Vaccine operations Central Provinces 1900-1911 - 1900-1911
Year: 1900
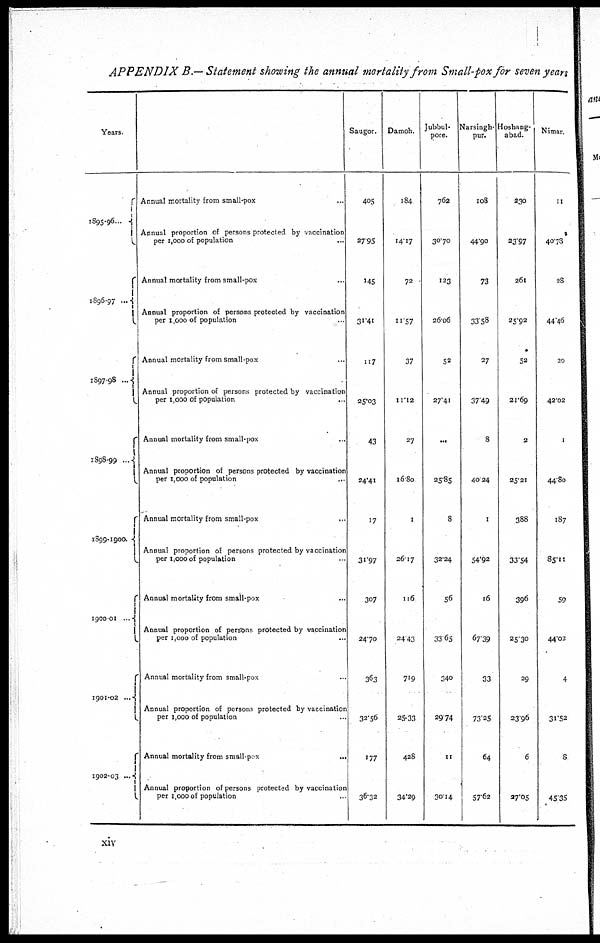
APPENDIX B.— Statement showing the annual mortality from Small-pox for seven years
Years.
1895-96
...
1896-97...
1897-98
...
1898-99
...
1899-1900. ...
1900-01
...
1901-02
...
1902-03
...
Annual mortality from small-pox ...
Annual proportion of persons protected by vaccination
per 1,000 of population ...
Annual mortality from small-pox ...
Annual proportion of persons protected by vaccination
per 1,000 of population ...
Annual mortality from small pox ...
Annual proportion of persons protected by vaccination
per 1,000 of population ...
Annual mortality from small-pox ...
Annual proportion of persons protected by vaccination
per1,000 of population
...
Annual mortality from small-pox ...
Annual proportion of persons protected by vaccination
per 1,000 of population ...
Annual mortality from small-pox ...
Annual proportion of persons protected by vaccination
per 1,000 of population ...
Annual mortality from small-pox ...
Annual proportion of persons protected by vaccination
per 1,000 of population ...
Annual mortality from small-pox
...
Annual proportion of persons protected by vaccination
per 1,000 of population ...
Saugor.
405
27.95
145
31.41
117
25.03
43
24.41
17
31.97
307
24.70
363
32.56
177
36.32
Damoh.
184
14.17
72
11.57
37
11.12
27
16.80
1
26.17
116
24.43
719
25.33
428
34.29
Jubbul-
pore.
762
30.70
123
26.06
52
27.41
...
25.85
8
32.24
56
33.65
340
29.74
11
30.14
Narsingh-
pur.
108
44.90
73
33.58
27
37.49
8
40.24
1
54.92
16
67.39
33
73.25
64
57.62
Hoshang-
abad.
230
23.97
261
25.92
52
21.69
2
25.21
388
33.54
396
25.30
29
23.96
6
27.05
Nimar.
11
40.78
28
44.46
20
42.02
1
44.80
187
85.11
59
44.02
4
31.52
8
45.35
xiv